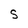
Character: S